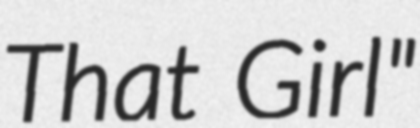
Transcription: That Girl"